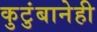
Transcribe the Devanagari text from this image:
कुटुंबानेही